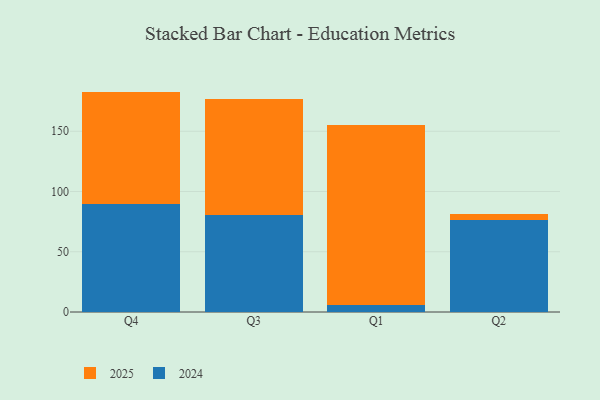
{"axis": {"x": "Quarter", "y": "Tickets Resolved"}, "legend": ["2024", "2025"], "data": [{"x": "Q4", "y": 89.9, "type": "2024"}, {"x": "Q4", "y": 93.0, "type": "2025"}, {"x": "Q3", "y": 80.8, "type": "2024"}, {"x": "Q3", "y": 96.2, "type": "2025"}, {"x": "Q1", "y": 6.0, "type": "2024"}, {"x": "Q1", "y": 149.2, "type": "2025"}, {"x": "Q2", "y": 76.5, "type": "2024"}, {"x": "Q2", "y": 5.1, "type": "2025"}]}